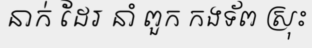
នាក់ ដែរ នាំ ពួក កងទ័ព ស្រុះ